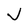
Character: J